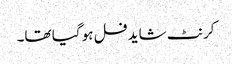
کرنٹ شاید فل ہو گیا تھا۔